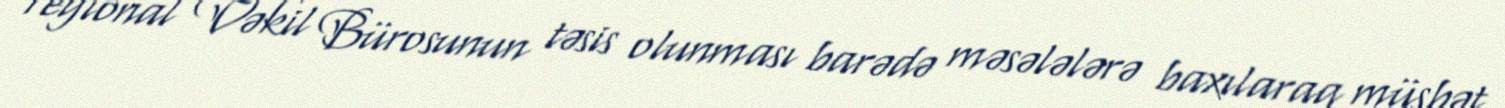
regional Vəkil Bürosunun təsis olunması barədə məsələlərə baxılaraq müsbət